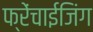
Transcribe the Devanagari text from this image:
फ्रेंचाईजिंग